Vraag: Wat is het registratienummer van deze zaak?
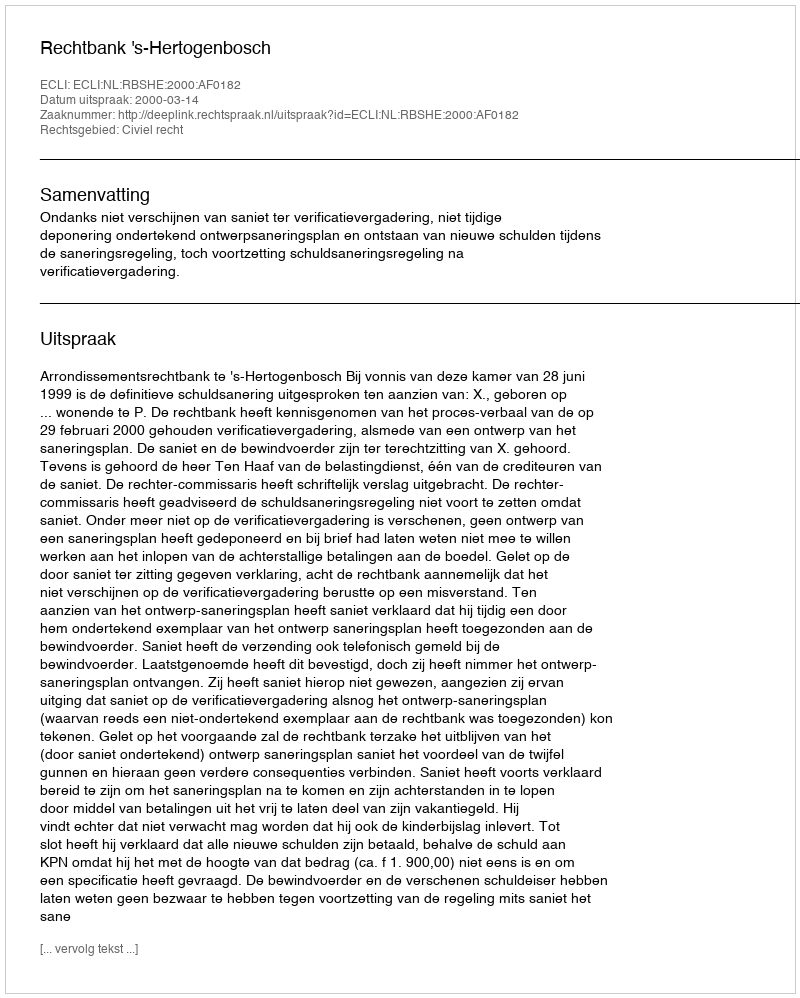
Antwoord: http://deeplink.rechtspraak.nl/uitspraak?id=ECLI:NL:RBSHE:2000:AF0182